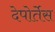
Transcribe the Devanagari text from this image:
देपोर्तेस